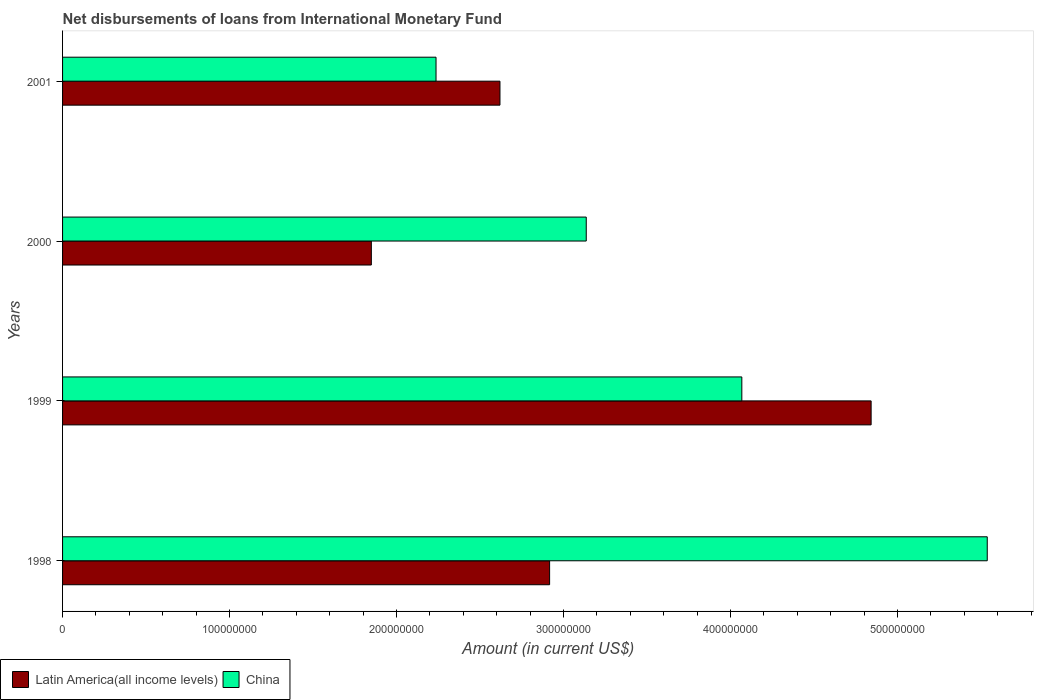
| Years | Latin America(all income levels) | China |
 | --- | --- | --- |
 | 1998 | 2.92e+08 | 5.54e+08 |
 | 1999 | 4.84e+08 | 4.07e+08 |
 | 2000 | 1.85e+08 | 3.14e+08 |
 | 2001 | 2.62e+08 | 2.24e+08 |